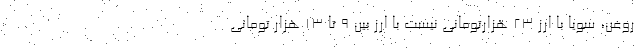
روغن، سویا با ارز ٢٣ هزارتومانی نیست با ارز بین ٩ تا ١٣ هزار تومانی